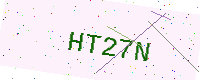
Text: HT27N